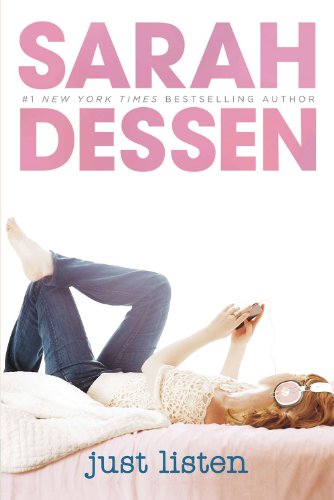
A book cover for Just Listen; Sarah Dessen; Teen & Young Adult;